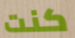
كنت